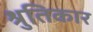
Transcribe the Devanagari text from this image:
श्रुतिकार